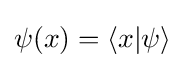
\psi (x)=\langle x|\psi \rangle